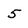
Character: 5